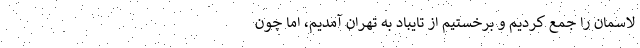
لاسمان را جمع کردیم و بَرخِستیم از تایباد به تهران آمدیم، اما چون